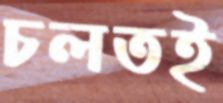
চলতই